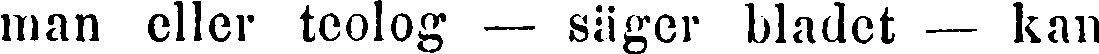
man eller teolog — säger bladet — kan